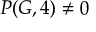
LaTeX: P ( G , 4 ) \neq 0